Elephants and their diseases
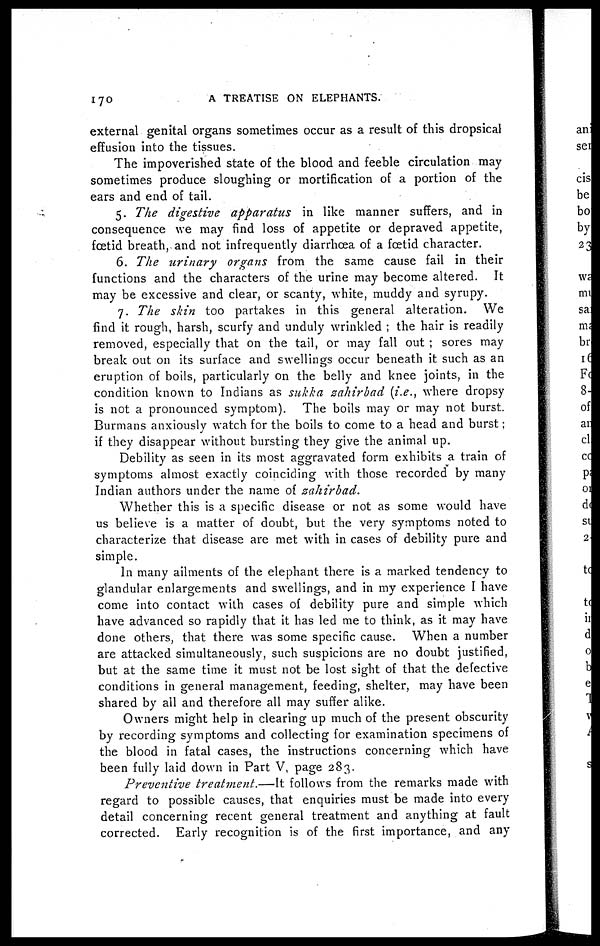
170
A TREATISE ON ELEPHANTS.
external genital organs sometimes occur as a result of this dropsical
effusion into the tissues.
The impoverished state of the blood and feeble circulation may
sometimes produce sloughing or mortification of a portion of the
ears and end of tail.
5. The digestive apparatus in like manner suffers, and in
consequence we may find loss of appetite or depraved appetite,
fœtid breath, and not infrequently diarrhoea of a foetid character.
6. The urinary organs from the same cause fail in their
functions and the characters of the urine may become altered. It
may be excessive and clear, or scanty, white, muddy and syrupy.
7. The skin too partakes in this general alteration. We
find it rough, harsh, scurfy and unduly wrinkled ; the hair is readily
removed, especially that on the tail, or may fall out ; sores may
break out on its surface and swellings occur beneath it such as an
eruption of boils, particularly on the belly and knee joints, in the
condition known to Indians as sukka zahirbad (i.e., where dropsy
is not a pronounced symptom). The boils may or may not burst.
Burmans anxiously watch for the boils to come to a head and burst;
if they disappear without bursting they give the animal up.
Debility as seen in its most aggravated form exhibits a train of
symptoms almost exactly coinciding with those recorded by many
Indian authors under the name of zahirbad.
Whether this is a specific disease or not as some would have
us believe is a matter of doubt, but the very symptoms noted to
characterize that disease are met with in cases of debility pure and
simple.
In many ailments of the elephant there is a marked tendency to
glandular enlargements and swellings, and in my experience I have
come into contact with cases of debility pure and simple which
have advanced so rapidly that it has led me to think, as it may have
done others, that there was some specific cause. When a number
are attacked simultaneously, such suspicions are no doubt justified,
but at the same time it must not be lost sight of that the defective
conditions in general management, feeding, shelter, may have been
shared by ail and therefore all may suffer alike.
Owners might help in clearing up much of the present obscurity
by recording symptoms and collecting for examination specimens of
the blood in fatal cases, the instructions concerning which have
been fully laid down in Part V, page 283.
Preventive treatment.—It follows from the remarks made with
regard to possible causes, that enquiries must be made into every
detail concerning recent general treatment and anything at fault
corrected. Early recognition is of the first importance, and any